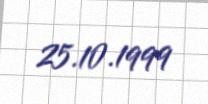
25.10.1999